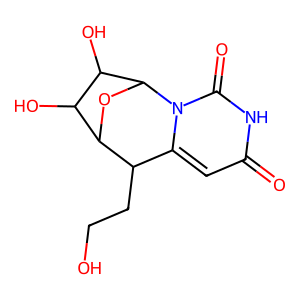
SMILES: O=c1cc2n(c(=O)[nH]1)C1OC(C2CCO)C(O)C1O
Inhibits HIV replication: No